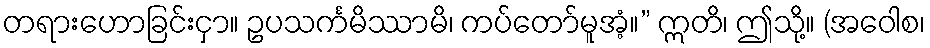
တရားဟောခြင်းငှာ။ ဥပသင်္ကမိဿာမိ၊ ကပ်တော်မူအံ့။” ဣတိ၊ ဤသို့။ (အဝေါစ၊